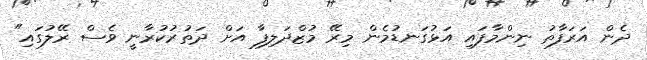
ދެން އަރަފާތު ނިންމާފައި އަޅުގަނޑުމެން މިރޭ މުޒްދަލިފާ އަށް ދަތުރުކުރާނީ ވެސް ރޭލުގައި"